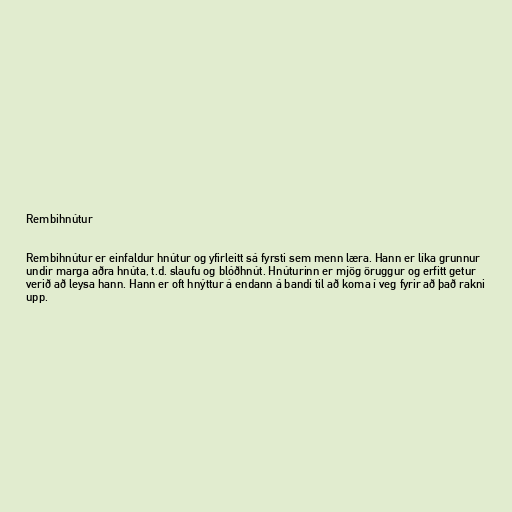
Rembihnútur

Rembihnútur er einfaldur hnútur og yfirleitt sá fyrsti sem menn læra. Hann er líka grunnur
undir marga aðra hnúta, t.d. slaufu og blóðhnút. Hnúturinn er mjög öruggur og erfitt getur
verið að leysa hann. Hann er oft hnýttur á endann á bandi til að koma í veg fyrir að það rakni
upp.